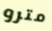
مترو